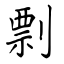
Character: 剽